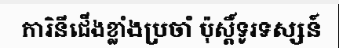
ការិនីជើងខ្លាំងប្រចាំ ប៉ុស្តិ៍ទូរទស្សន៍